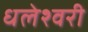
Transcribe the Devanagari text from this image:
धलेश्वरी